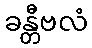
ခန္တီဗလံ